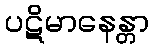
ပဋိမာနေန္တာ